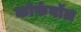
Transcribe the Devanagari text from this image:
कॉर्फबॉल